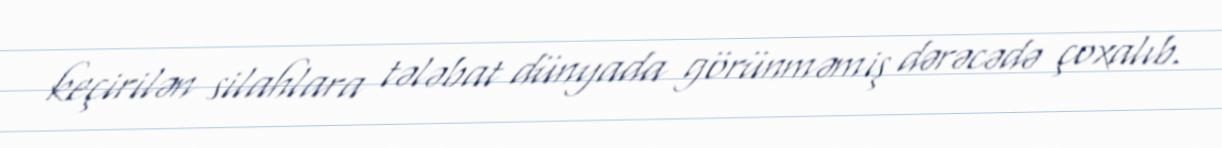
keçirilən silahlara tələbat dünyada görünməmiş dərəcədə çoxalıb.